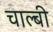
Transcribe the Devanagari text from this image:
चाल्बी